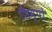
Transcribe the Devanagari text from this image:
शिम्पो